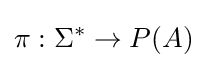
\pi :\Sigma ^{*}\to P(A)